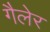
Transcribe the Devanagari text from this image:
गैलेर